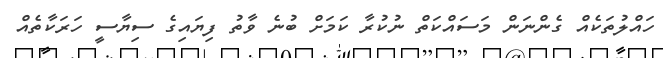
ހައްލުތަކެއް ގެންނަން މަސައްކަތް ނުކުރާ ކަމަށް ބުނެ ވާތު ފިޔައިގެ ސިޔާސީ ހަރަކާތެއް